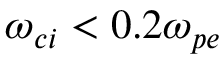
\omega _ { c i } < 0 . 2 \omega _ { p e }